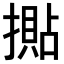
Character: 𢵚